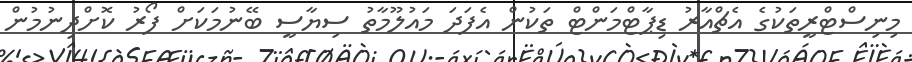
މިނިސްޓްރީތަކުގެ އެޗްއާރު ޑިޕާޓްމަންޓް ތަކުން އެފަދަ މައުލޫމާތު ސިޔާސީ ބޭނުމަކަށް ފޯރު ކޮށްދިނުމުން